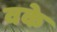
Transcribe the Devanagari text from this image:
वके